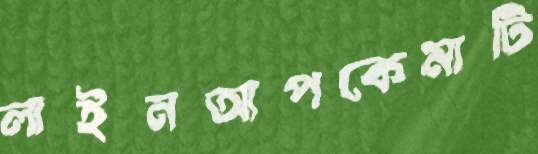
লাইনআপকেমাটি